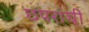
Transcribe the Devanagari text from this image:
छपरांची